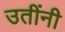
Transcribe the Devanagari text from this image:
उतींनी